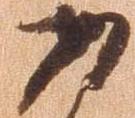
あ